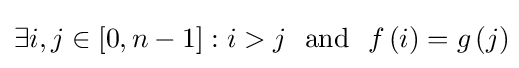
\exists i,j\in \left[0,n-1\right]:i>j~~{\textrm {and}}~~f\left(i\right)=g\left(j\right)\!